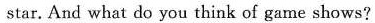
star. And what do you think of game shows?